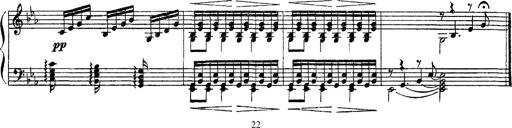
Title: Apparitions
Composer: Franz Liszt